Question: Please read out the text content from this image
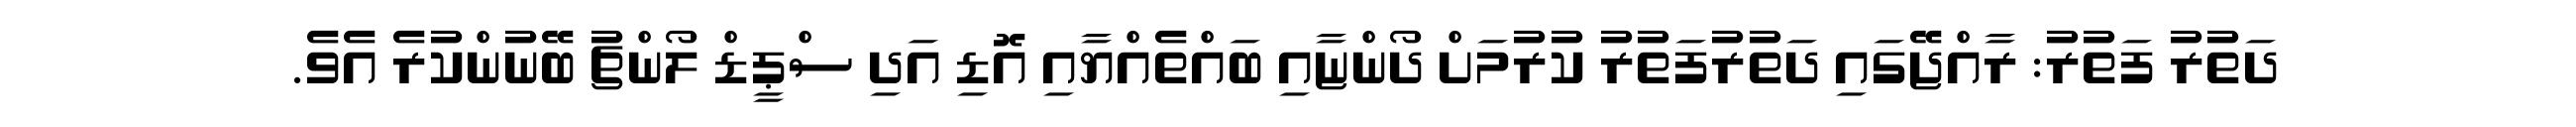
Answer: ދަތުރު ފަތުރު: ރާއްޖޭގައި ދަތުރުފަތުރު ކުރުމަށް ދޯންޏާއި ބައްތެއްޔާއި އޮޑި އަދި ސްޕީޑް ލޯންޗު ބޭނުންކުރެ އެވެ.